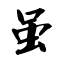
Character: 虽